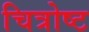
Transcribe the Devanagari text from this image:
चित्रोष्ट